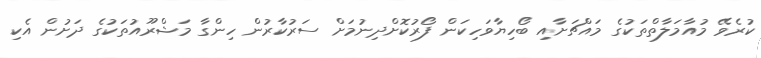
ކުރެވޭ މުއާމަލާތްތަކުގެ މައްޗަށާއި ބޯހިޔާވަހިކަން ފޯރުކޮށްދިނުމަށް ސަރުކާރުން ހިންގާ މަޝްރޫއުތަކުގެ ދަށުން އެކި